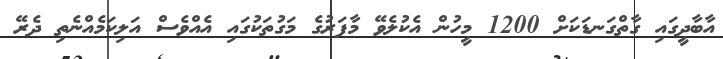
އާބާދީގައި ގާތްގަނޑަކަށް 1200 މީހުން އެކުލެވޭ މާފަރުގެ މަގުތަކުގައި އެއްވެސް އަލިކަމެއްނެތި ދެރޭ